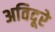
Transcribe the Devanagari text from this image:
अविदूरे